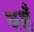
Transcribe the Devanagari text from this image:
वहँ